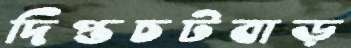
দিপ্তচটবাড়